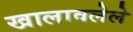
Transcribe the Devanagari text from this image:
खालावलेले